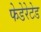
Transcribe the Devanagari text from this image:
फेडेरेटेड